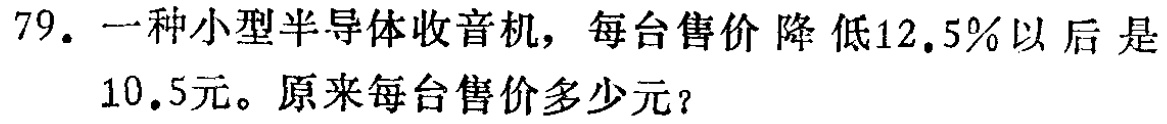
79. 一种小型半导体收音机，每台售价 降低12.5%以后 是

10.5元。原来每台售价多少元？